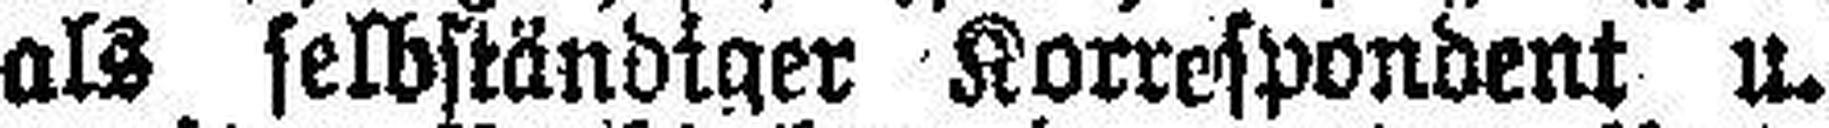
als selbständiger Korrespondent u.